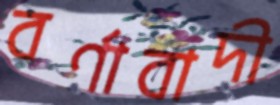
বর্ণাবাদী